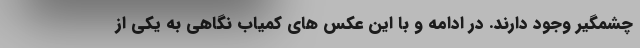
چشمگیر وجود دارند. در ادامه و با این عکس های کمیاب نگاهی به یکی از